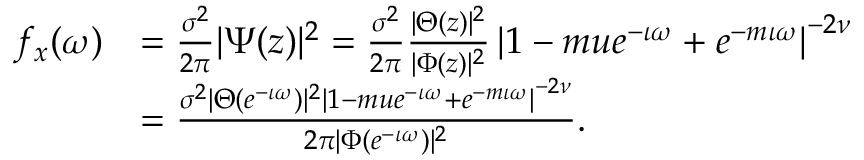
\begin{array} { r l } { f _ { x } ( \omega ) } & { = \frac { \sigma ^ { 2 } } { 2 \pi } \lvert \Psi ( z ) \rvert ^ { 2 } = \frac { \sigma ^ { 2 } } { 2 \pi } \frac { \lvert \Theta ( z ) \rvert ^ { 2 } } { \lvert \Phi ( z ) \rvert ^ { 2 } } \left\lvert 1 - m u e ^ { - \iota \omega } + e ^ { - m \iota \omega } \right\rvert ^ { - 2 \nu } } \\ & { = \frac { \sigma ^ { 2 } \lvert \Theta ( e ^ { - \iota \omega } ) \rvert ^ { 2 } \left\lvert 1 - m u e ^ { - \iota \omega } + e ^ { - m \iota \omega } \right\rvert ^ { - 2 \nu } } { 2 \pi \lvert \Phi ( e ^ { - \iota \omega } ) \rvert ^ { 2 } } . } \end{array}